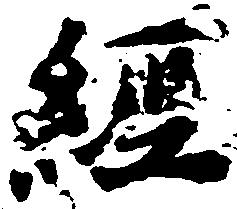
経